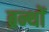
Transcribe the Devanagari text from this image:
ब्रन्थों